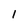
Character: 1